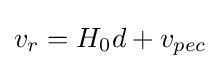
v_{r}=H_{0}d+v_{pec}